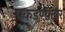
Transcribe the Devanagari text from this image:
पकडण्यावर